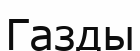
Газды